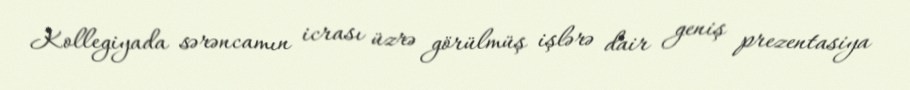
Kollegiyada sərəncamın icrası üzrə görülmüş işlərə dair geniş prezentasiya